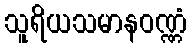
သူရိယသမာနဝဏ္ဏံ